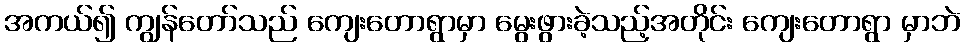
အကယ်၍ ကျွန်တော်သည် ကျေးတောရွာမှာ မွေးဖွားခဲ့သည့်အတိုင်း ကျေးတောရွာ မှာဘဲ